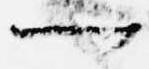
一